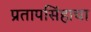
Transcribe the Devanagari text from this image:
प्रतापसिंहाचा